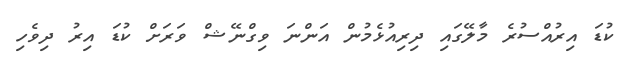
ކުޑަ އިރުއްސުރެ މާލޭގައި ދިރިއުޅެމުން އަންނަ ވިގްނޭޝް ވަރަށް ކުޑަ އިރު ދިވެހި